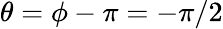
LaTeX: \theta=\phi-\pi=-\pi/2